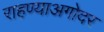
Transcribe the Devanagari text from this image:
राहण्याअगोदर